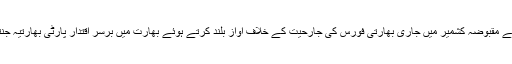
04 جولائی2020ء) بالی ووڈ کی سابق اداکارہ دیا مرزا نے مقبوضہ کشمیر میں جاری بھارتی فورس کی جارحیت کے خلاف آواز بلند کرتے ہوئے بھارت میں برسرِ اقتدار پارٹی بھارتیہ جنتا پارٹی (بی جے پی) کے رہنما کو کھری کھری سنا دیں۔